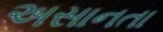
અસાનતા